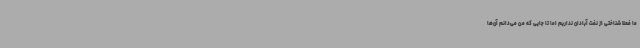
ما فعلاً شناختی از نفت آبادان نداریم اما تا جایی که من می‌دانم آن‌ها